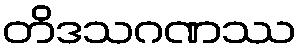
တိဒသဂဏဿ